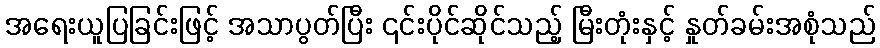
အရေးယူပြခြင်းဖြင့် အသာပွတ်ပြီး ၎င်းပိုင်ဆိုင်သည့် မြီးတုံးနှင့် နှုတ်ခမ်းအစုံသည်